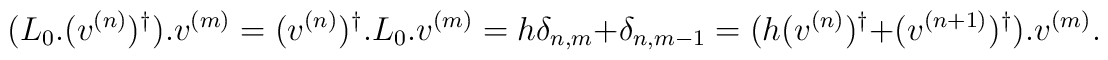
(L_0.(v^{(n)})^{\dag}).v^{(m)} = (v^{(n)})^{\dag}.L_0.v^{(m)}= h \delta_{n,m} + \delta_{n,m-1} = (h (v^{(n)})^{\dag} + (v^{(n+1)})^{\dag}).v^{(m)}.